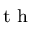
^ \textrm { t h }